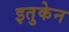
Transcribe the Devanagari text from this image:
इतुकेन